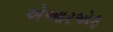
એઆરએફ